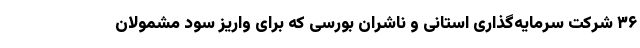
۳۶ شرکت سرمایه‌گذاری استانی و ناشران بورسی که برای واریز سود مشمولان